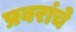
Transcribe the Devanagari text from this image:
प्रवरांचे